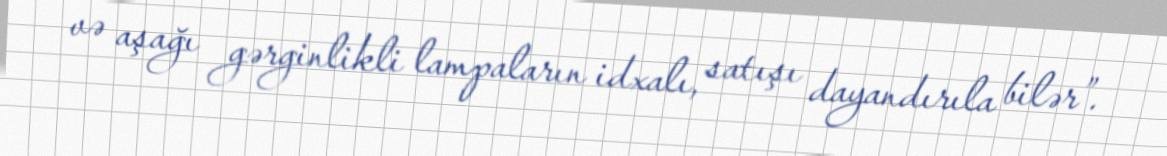
və aşağı gərginlikli lampaların idxalı, satışı dayandırıla bilər”.